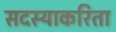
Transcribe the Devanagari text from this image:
सदस्याकरिता